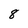
Character: 8